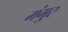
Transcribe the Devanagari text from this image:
मंगुर